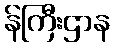
န်ကြီးဌာန